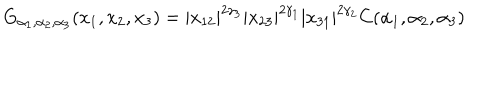
G _ { \alpha _ { 1 } , \alpha _ { 2 } , \alpha _ { 3 } } ( x _ { 1 } , x _ { 2 } , x _ { 3 } ) = \left| x _ { 1 2 } \right| ^ { 2 \gamma _ { 3 } } \left| x _ { 2 3 } \right| ^ { 2 \gamma _ { 1 } } \left| x _ { 3 1 } \right| ^ { 2 \gamma _ { 2 } } C ( \alpha _ { 1 } , \alpha _ { 2 } , \alpha _ { 3 } )